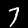
Digit: 7